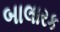
બાલારક